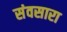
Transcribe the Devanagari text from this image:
संवसारा